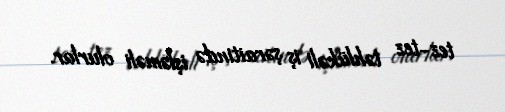
tez-tez təhlükəli iş şəraitində işləməli olurlar.